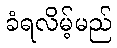
ခံရလိမ့်မည်